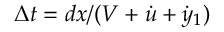
\Delta t = d x / ( V + \dot { u } + \dot { y } _ { 1 } )